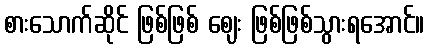
စားသောက်ဆိုင် ဖြစ်ဖြစ် ဈေး ဖြစ်ဖြစ်သွားရအောင်။